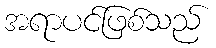
အရာပင်ဖြစ်သည်